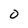
Character: O